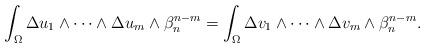
LaTeX: \begin{align*} \int_\Omega \Delta u_1\wedge\dots\wedge \Delta u_m\wedge\beta_n^{n-m}= \int_\Omega \Delta v_1\wedge\dots\wedge \Delta v_m \wedge\beta_n^{n-m}. \end{align*}